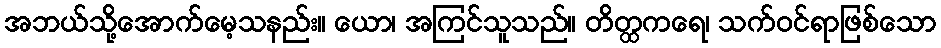
အဘယ်သို့အောက်မေ့သနည်း။ ယော၊ အကြင်သူသည်။ တိတ္ထကရေ၊ သက်ဝင်ရာဖြစ်သော